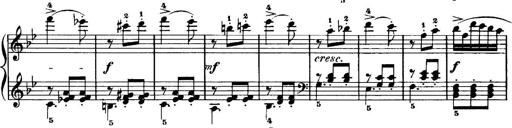
Title: 7 Sonatinas
Composer: Anton Diabelli